18_6369445_General_1948_Vol_1
Agency: Department of War
Incident date: 6/15/48
Page 19
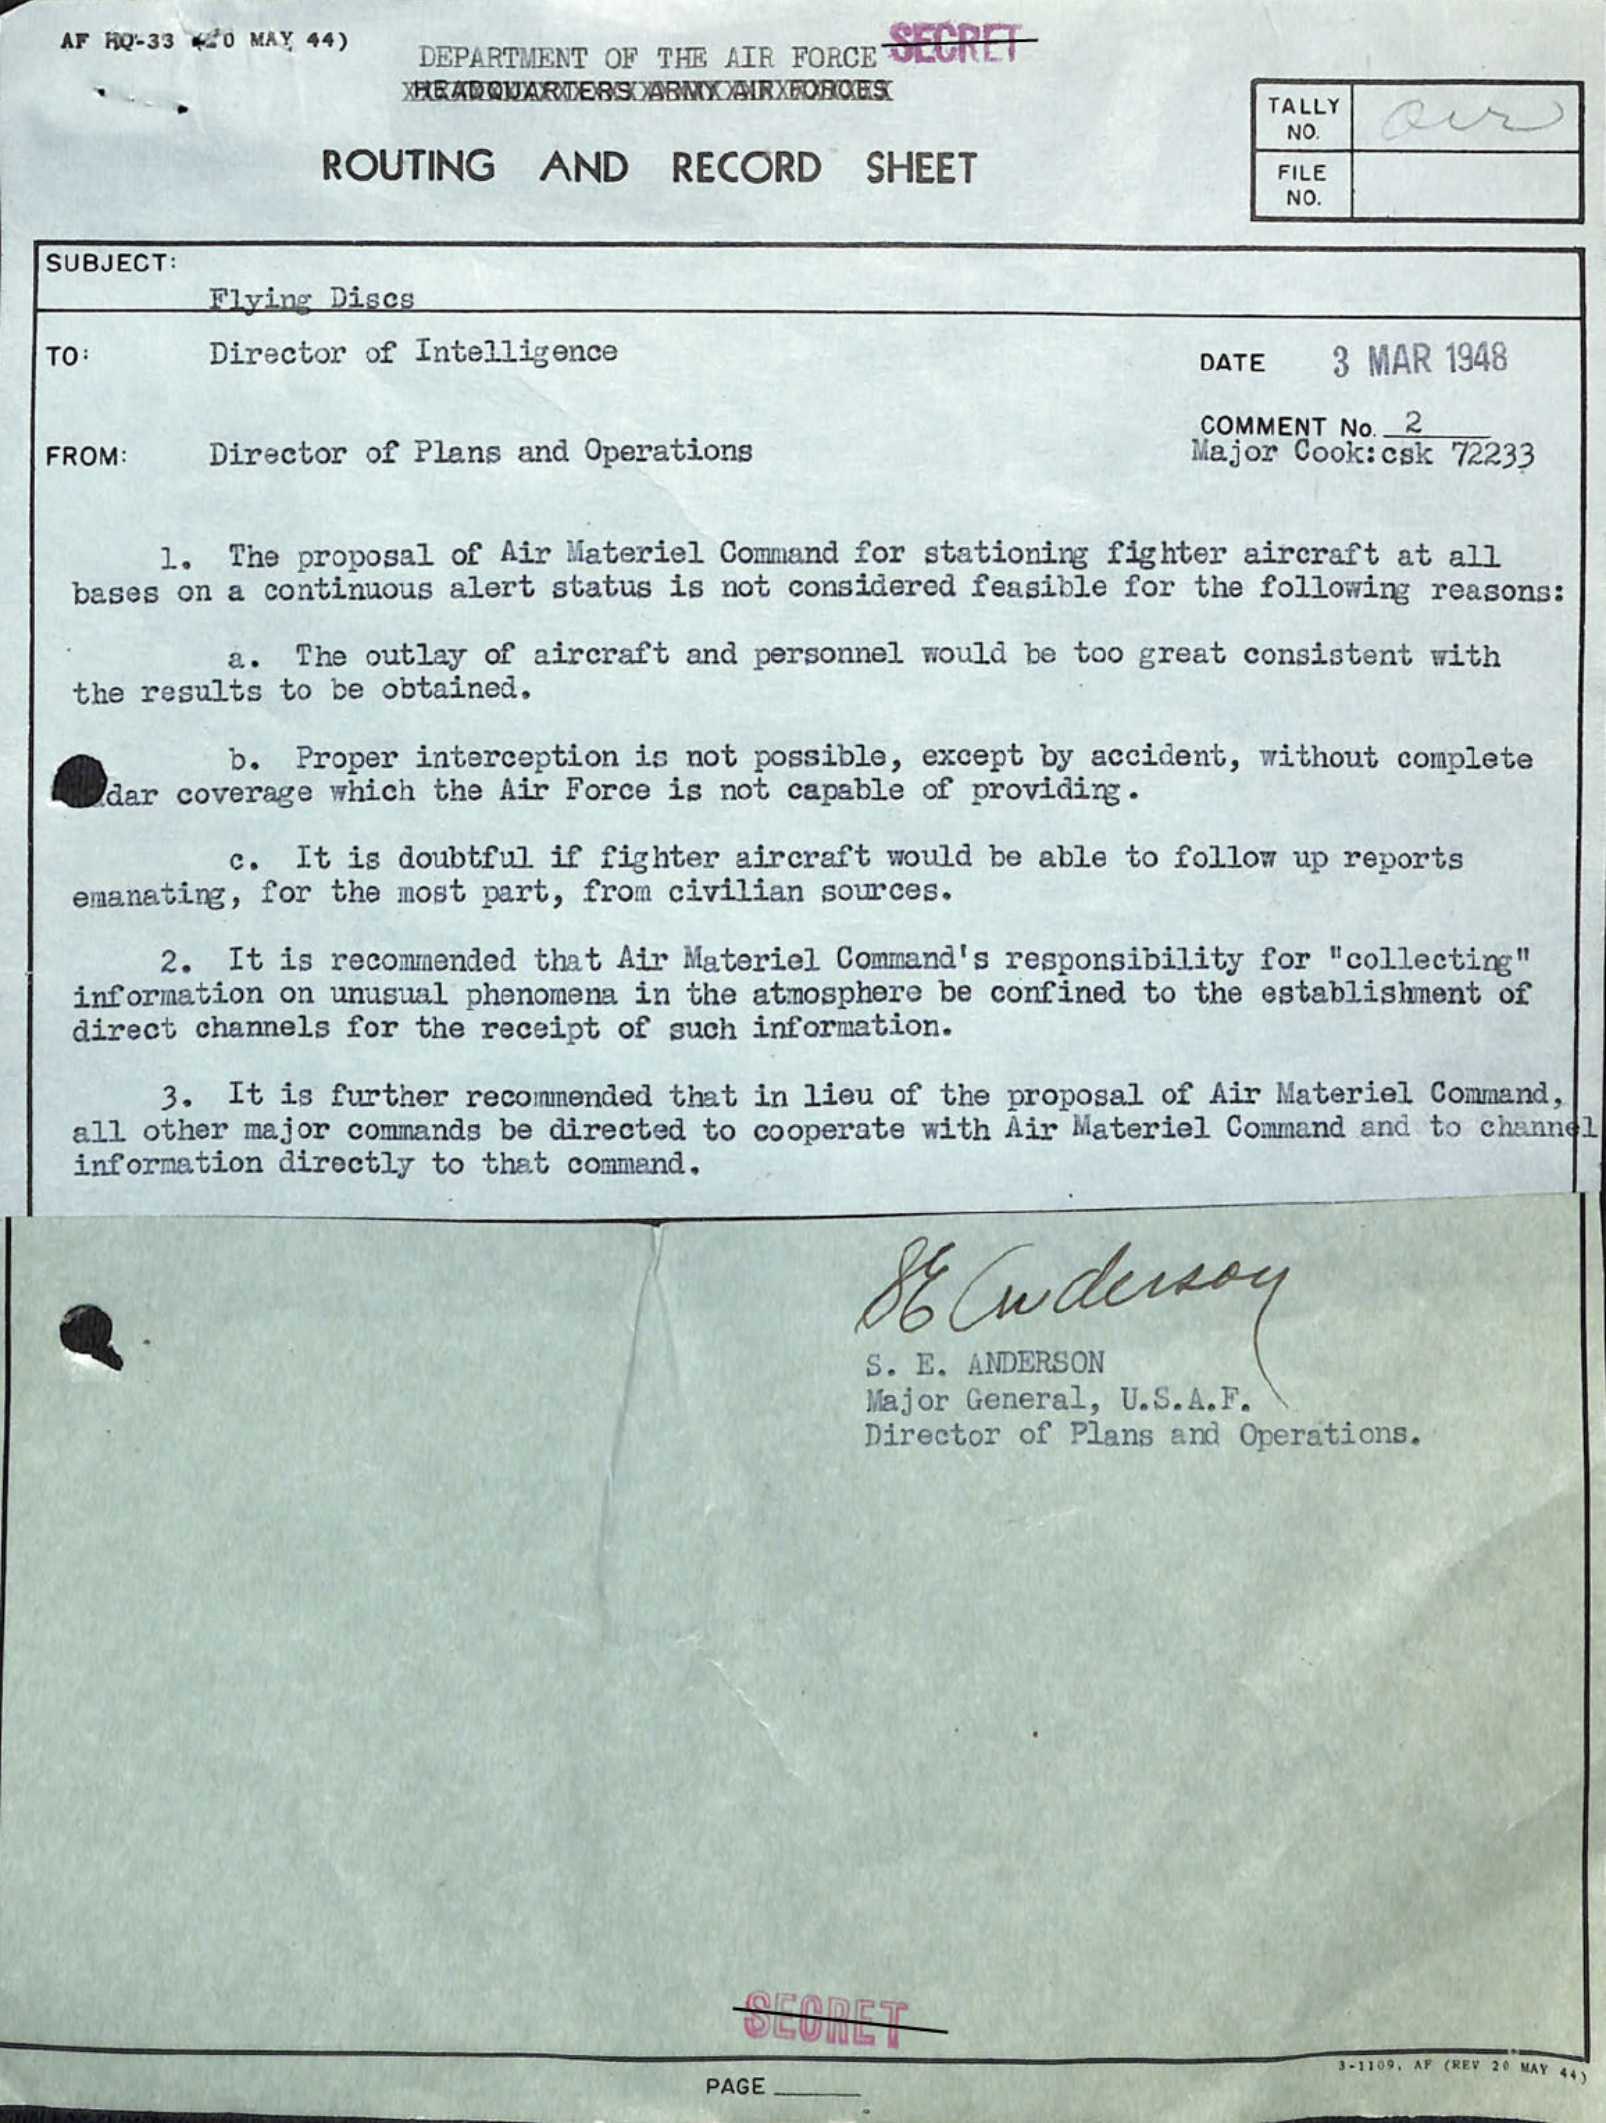